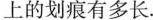
上的划痕有多长.